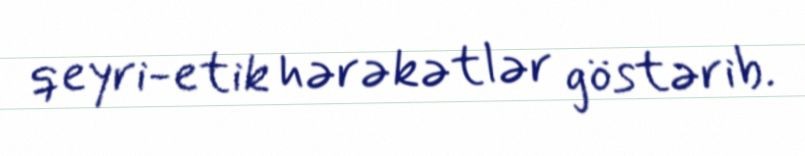
qeyri-etik hərəkətlər göstərib.